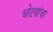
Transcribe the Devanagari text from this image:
धोटयांचा